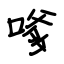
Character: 嗲